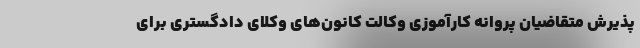
پذیرش متقاضیان پروانه کارآموزی وکالت کانون‌های وکلای دادگستری برای